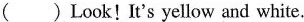
( ) Look ! It's yellow and white.